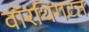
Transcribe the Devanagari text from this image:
वॉरथिंगटन